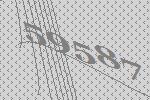
59587